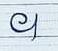
។